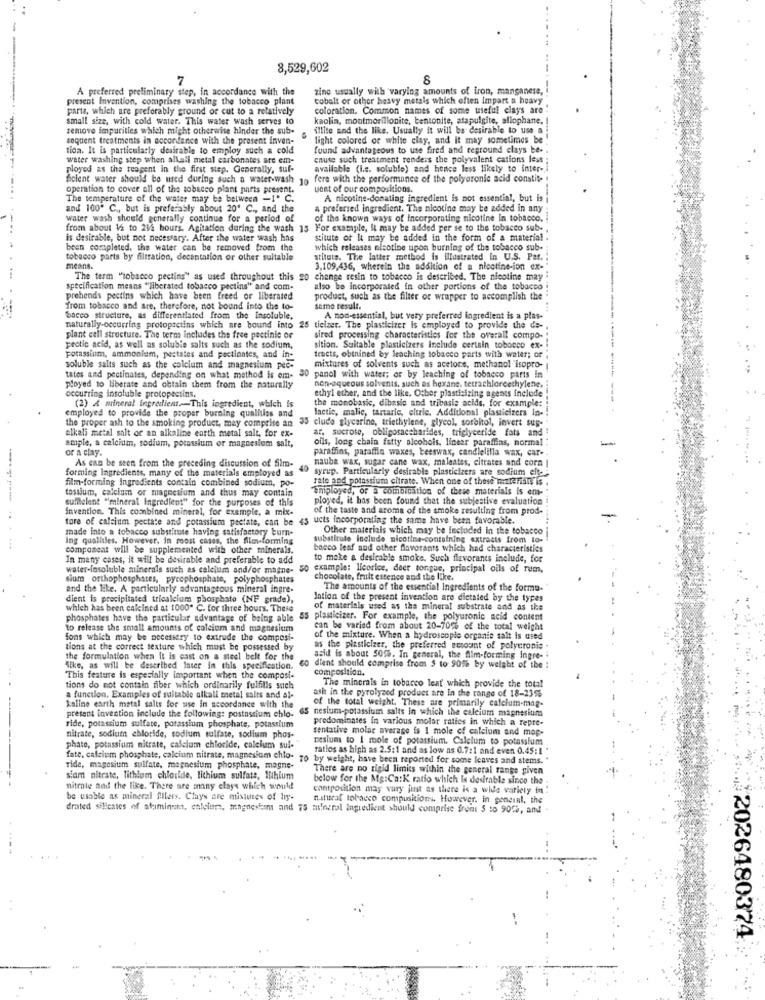
8,529,602
7
8
A preferred preliminary step, in accordance with the
zine usually with varying amounts of iron, manganese,
present Invention, comprises washing the tobacco plant
cobalt or other heavy metals which often Import a heavy
parts, which are preferably ground of cut to a relatively
coloration. Common names of some useful clays are !
small size, with cold water. This water wash serves to
kaolin, montmorillonite, bentonite, atapulgite, allophane.
remove impurities which might otherwise hinder the sub-
illite and the like. Usually it will be desirable
soquent treatments in accordance with the present inven-
light colored or white clay, and it may sometimes be
tion. It is particularly desirable to employ such a cold
found advantageous to use fired and reground clays be-
water washing step when allall metal carbonates are em-
cause such treatment renders the polyvalent cations less ;
ployed as the teagent in the first step. Generally, suf-
available (I.c. soluble) and hence less likely to inter -.
ficient water should be used during such a water-wash
10
fere with the performance of the polyuronic acid constit-
operation to cover all of the tobacco plant parts present.
uent of our compositions.
The temperature of the water may be between -1º C.
A nicotine-donating ingredient is not essential, but is
and 100. C ., but is preferably about 20' C ., and the
a preferred ingredient. The nicotine may be added in any
water wash should generally continue for a period of
of the known ways of incorporating nicotine In tobacco. !
from about 1 to 242 hours. Agitation during the wash 13 For example, It may be added per se to the tobacco sub -,
is desirable, but not necessary. After the water wash his
stitute of It may be added in the form of a material
been completed, the water can be removed from the
which releases nicotine upon burning of the tobacco sub-
tobacco parts by filtration, decentation or other suitable
sthuts. The latter method is illustrated In U.S. Pat.
means.
3,109,436, wherein the addition of a nieotine-ion ex-
The term "tobacco pectins" as used throughout this 20
change resin to tobacco is described. The nicotine may :
specification means "liberated tobacco pectins" and com-
also be incorporated in other portions of the tobacco
prehends pectins which have been freed or liberated
product, such as the filter or wrapper to accomplish the
from tobacco and are, therefore, not bound into the to-
same result.
Sacco structure, as differentiated from the insoluble,
A non-essential, but very preferred ingredient is a plas-
naturally occurring protoptctins which are bound into 25 ticizer. The plasticizer is employed to provide the de-
plant cell structure. The term includes the free pectinie or
sired processing characteristics for the overall compo-
peotic acid, as well as soluble salts such as the sodium.
sition. Suitable plasticizers Include certain tobacco ex-
potassium, ammonium, pestates and poctiantes, and in-
tracts, obtained by leaching tobacco parts with water; of
soluble salts such as the calcium and magnesium pec-
mixtures of solvents such as acetone, methanol isopro-
tates and pectinates, depending on what method is em- 30 panel with water; or by leaching of tobacco parts In
non-aqueous solvents, such as hexane. tetrachlorcethylene.
ployed to liberate and obtain them from the naturally
occurring insoluble protopectins.
(2) A mineral ingredient.This ingredient, which is
ethyl ether, and the like. Other plasticizing agents inclede
the monobasic, dibasic and tribasis acids, for example:
employed to provide the proper burning qualities and
lactic, malic, tartarie, eltrie. Additional plasticizers in-
the proper ash to the smoking product, may comprise an
35 clude glycerine, triethylene, glycol, sorbitol, invert sup-
alkali metal salt or an alkaline earth metal salt, for ex-
ar, sucrose, obligosaccharides, triglyceride fats and
olls, long chain fatty alcohois, linear paraffins, normal
or a clay.
ample, a calcium, sodium, potassium or magnesium salt,
parafins, paraffin waxes, beeswax, candlelilla wax, car-
As can be seen from the preceding discussion of Sim-
nauba wax, sugar cane wax, maleates, citrates and corn
forming ingredients, many of the materials employed as
40
syrup. Particularly desirable plasticizers are sodium elt-
film-forming ingredients contain combined sodium, po-
rate and potassium citrate. When one of these materials is.
tassium, calcium or magnesium and thus may contain
"Employed, or a combination of these materials is em-
sufflelent "mineral Ingredient" for the purposes of this
ployed, it has been found that the subjective evaluation
invention. This combined mineral, for example, a mix-
of the taste and aroma of the smoke resulting from prod-
tore of calcium pectate and potassium pectate, can be 45 ucis incorporating the same have been favorable.
made into a tobacco substitute having satisfactory burn-
Other materials which may be Included in the tobacco
ing qualities. However, in roost cases, the film-forming
substitute include nicotine-containing extracts from to-
component will be supplemented with other minerals.
bacco leaf and other flavorants which had characteristics
In many cases, it will be desirable and preferable to add
to make a desirable smoke. Such flavorants include, for
water-insoluble minerals such as calcium and/or magne-
so example: licorice, deer tongue, principal oils of rum,
sium orthophosphates, pyrephosphate, polyphosphates
chocolate, fruit estenice and the like.
and the like. A particularly advantageous mineral ingre-
The amounts of the essential Ingredients of the forma-
dient is precipitated tricalcium phosphate (NF grade),
Intion of the present invention are dictated by the types
which has been calcined at 1000" C. for three hours. These
of materials used as the mineral substrate and as the
phosphates have the particular advantage of being able
ss plasticizer. For example, the polyuronic acid content
to release the small amounts of calcium and magnesium
can be varied from about 20-70% of the total weight
fons which may be necessary to extrude the composi-
of the mixture. When a hydroscopie organie salt Is used
tions at the correct texture which must be possessed by
as the piastlclzer, the preferred scount of polyeronie
the formulation when It is cast on a steel belt for the
asid is about 50%. In general, the Alm-forming Ingre-
Sike, as will be described later in this specification.
co dient should comprise from $ to 9016 by weight of the
composition.
This feature is especially important when the composi-
tions do not contain fiber which ordinarily fulfilis such
ash in the pyrolysed product are In the range of 18-235%
The minerals in tobacco leat which provide the total
a function. Examples of suitable alkali metal salts and al-
kaline earth metal salts for use in accordance with the
65 nesium-potassium salts in which the calcium magnesium
of the total weight. These are primarily calcium-mag-
present invention include the following: postossium chlo-
predominates in various molar raties in which a repre-
ride, potassium sulfate, potassium phosphate, potassium
tentative molar average is 1 mole of calcium and map-
nitrate, sodium chloride, sodium sulfate, sodium phos-
nesium to I mole of potassium. Calcium to potassium
phate, potassium nitrate, calcium chloride, calcium sul-
ratlos as high as 2.5:1 and as low as 0.7:1 and even 0.45: 1
fate, calcium phosphate, calcium nitrate, magnesium chlo-
70 by weight, have been reported for some leaves and stems. "
ride, magesium sulfate, magnesium phosphate, magne-
There are no rigid limits within the general range given
siam nitrate, lithium chloride, lithium sulfate, Suhlum
below for the Mg:Ca:K ratio which is desirable since the
nitrate nad the like. There are many clays which would
composition may vary just as there is a wide variety in !
be usable as mineral fillers. Clays are mistures of ly-
natural tobacco compusitions, However. in general, the
drated siliesses of ataminutt, calcium, magnesium and 75 mineral Ingredient should comprise from $ to 9050, and
¥2026480374